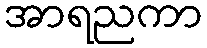
အာရညကာ